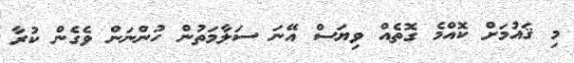
މި ޤައުމަށް ކޮއްމެ ގޮތެއް ވިޔަސް އޭނަ ސަލާމަތުން ހުންނަން ވެގެން ކުރާ